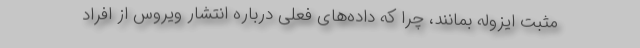
مثبت ایزوله بمانند، چرا که داده‌های فعلی درباره انتشار ویروس از افراد